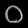
Digit: ၀